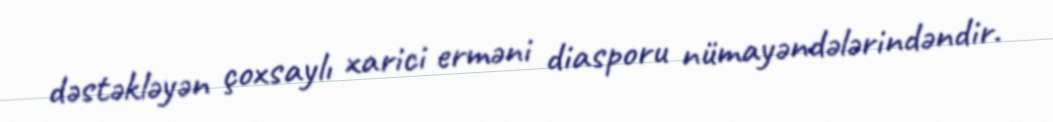
dəstəkləyən çoxsaylı xarici erməni diasporu nümayəndələrindəndir.